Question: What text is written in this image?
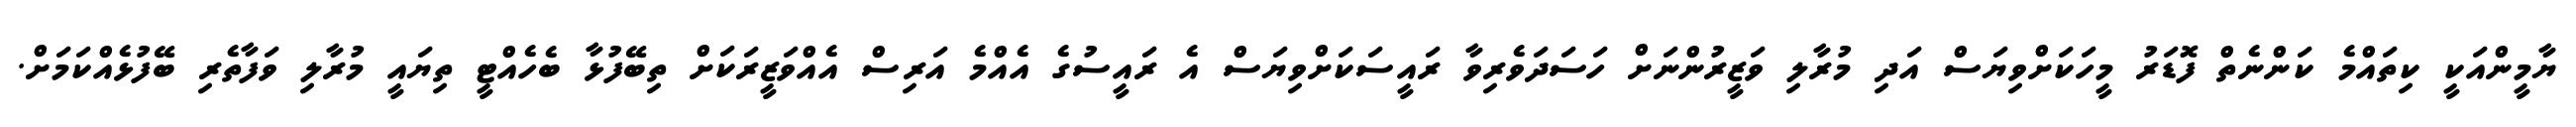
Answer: ޔާމީންއަކީ ކިތައްމެ ކަންނެތް ފޮޑަރު މީހަކަށްވިޔަސް އަދި މުރާލި ވަޒީރުންނަށް ހަސަދަވެރިވާ ރައީސަކަށްވިޔަސް އެ ރައީސުގެ އެއްމެ އަރިސް އެއްވަޒީރަކަށް ތިބޭފުޅާ ބެހެއްޓީ ތިޔައީ މުރާލި ވަފާތެރި ބޭފުޅެއްކަމަށް.